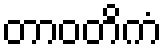
တာဝတိကံ